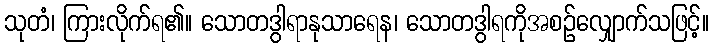
သုတံ၊ ကြားလိုက်ရ၏။ သောတဒွါရာနုသာရေန၊ သောတဒွါရကိုအစဉ်လျှောက်သဖြင့်။